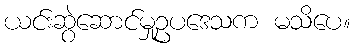
ယင်းဆွဲဆောင်မှုဥပဒေသက မသိပေ။